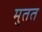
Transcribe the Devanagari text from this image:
मुतत